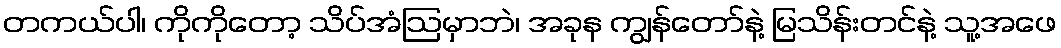
တကယ်ပါ၊ ကိုကိုတော့ သိပ်အံဩမှာဘဲ၊ အခုန ကျွန်တော်နဲ့ မြသိန်းတင်နဲ့ သူ့အဖေ